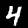
Label: 4